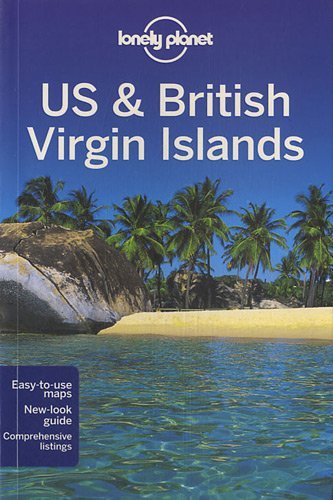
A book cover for Lonely Planet US & British Virgin Islands (Regional Travel Guide) [Paperback] [2011] (Author) Karla Zimmerman; Travel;